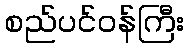
စည်ပင်ဝန်ကြီး